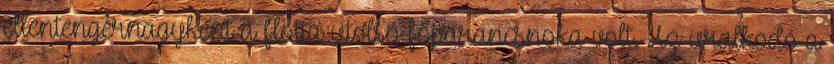
ellentengernagyként a flotta utolsó főparancsnoka volt. Az uralkodó a